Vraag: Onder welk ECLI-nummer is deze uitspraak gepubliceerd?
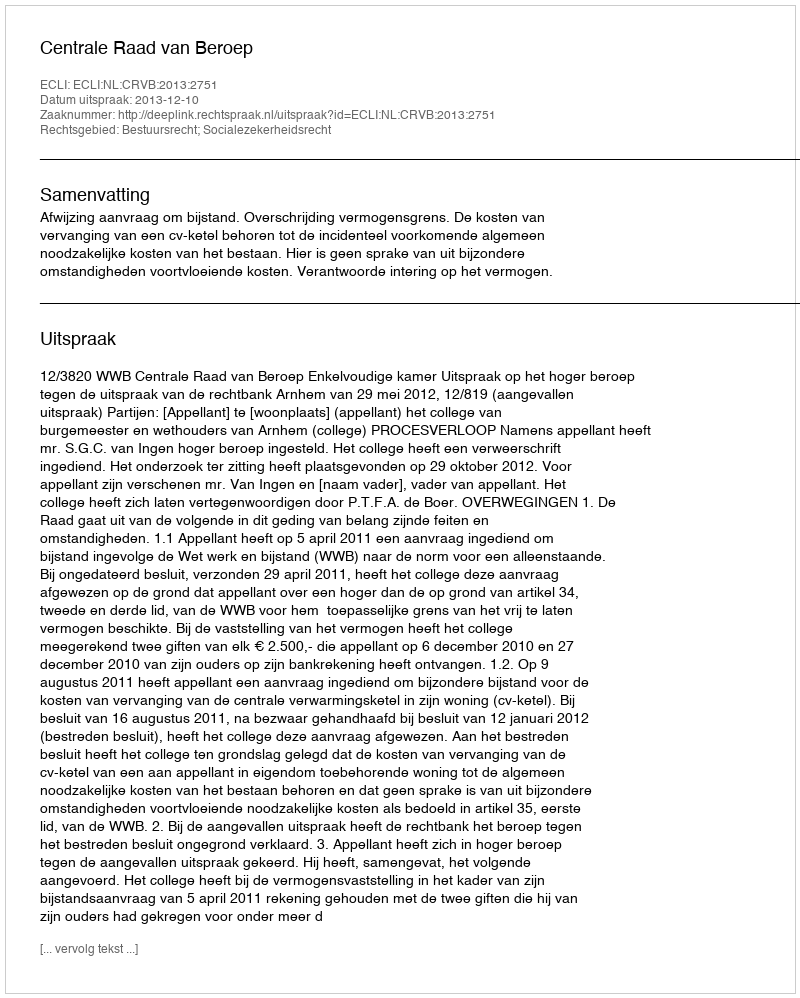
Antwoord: ECLI:NL:CRVB:2013:2751